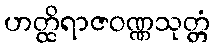
ဟတ္ထိရာဇဝဏ္ဏသုတ္တံ